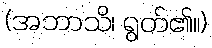
(အဘာသိ၊ ရွတ်၏။)